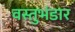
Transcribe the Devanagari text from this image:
वस्तुभंडार